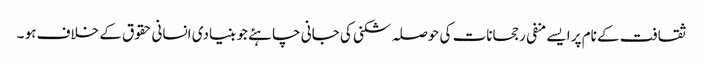
ثقافت کے نام پر ایسے منفی رجحانات کی حوصلہ شکنی کی جانی چاہئے جو بنیادی انسانی حقوق کے خلاف ہو ۔